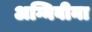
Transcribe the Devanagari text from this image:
अग्निबीना